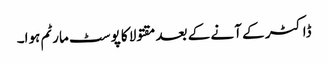
ڈاکٹر کے آنے کے بعد مقتولا کا پوسٹ مارٹم ہوا۔